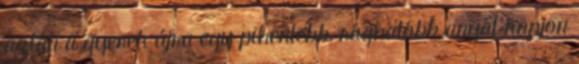
aztán a gyerek újra egy pihentebb, rághatóbb anyát kapjon